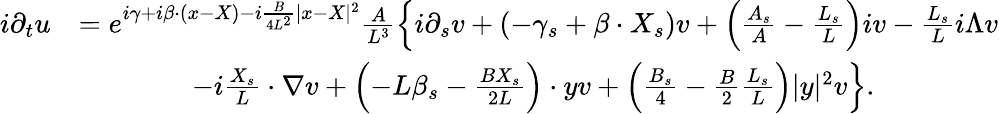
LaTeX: \begin{array}{rl}{i\partial_{t}u}&{=e^{i\gamma+i\beta\cdot(x-X)-i\frac{B}{4L^{2}}|x-X|^{2}}\frac{A}{L^{3}}\left\{ i\partial_{s}v+(-\gamma_{s}+\beta\cdot X_{s})v+\left(\frac{A_{s}}{A}-\frac{L_{s}}{L}\right)iv-\frac{L_{s}}{L}i\Lambda v\right.}\\ &{\qquad\qquad\left.-i\frac{X_{s}}{L}\cdot\nabla v+\left(-L\beta_{s}-\frac{BX_{s}}{2L}\right)\cdot yv+\left(\frac{B_{s}}{4}-\frac{B}{2}\frac{L_{s}}{L}\right)|y|^{2}v\right\} .}\end{array}